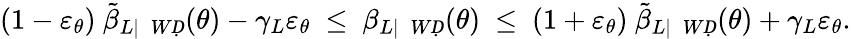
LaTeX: \begin{array}{r}{(1-\varepsilon_{\theta})~\tilde{\beta}_{L|\mathcal ḊWḌ}(\theta)-\gamma_{L}\varepsilon_{\theta}~\le~\beta_{L|\mathcal ḊWḌ}(\theta)~\le~(1+\varepsilon_{\theta})~\tilde{\beta}_{L|\mathcal ḊWḌ}(\theta)+\gamma_{L}\varepsilon_{\theta}.}\end{array}